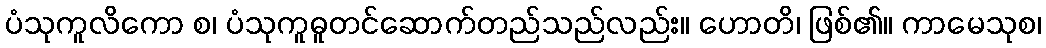
ပံသုကူလိကော စ၊ ပံသုကူဓူတင်ဆောက်တည်သည်လည်း။ ဟောတိ၊ ဖြစ်၏။ ကာမေသုစ၊